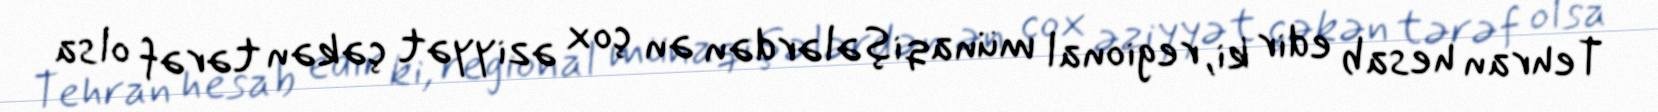
Tehran hesab edir ki, regional münaqişələrdən ən çox əziyyət çəkən tərəf olsa